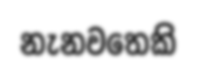
නැනවතෙකි